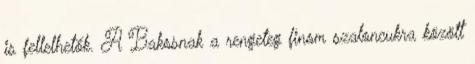
is fellelhetők. A Bakosnak a rengeteg finom szaloncukra között